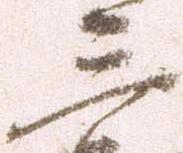
三